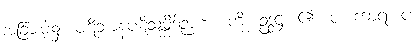
အခြားမဲ့၌။ ပဋိဘာနပဋိသမ္ဘိဒါဉာဏံ၊ ကို။ ဥဒ္ဒဋ္ဌံ၊ ၏။ ပ၊ ကာရံ၊ ပ၊